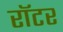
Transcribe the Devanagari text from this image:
रॉटर